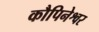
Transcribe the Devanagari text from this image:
कौपिनेश्वर